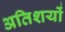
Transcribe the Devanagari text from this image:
अतिशयों